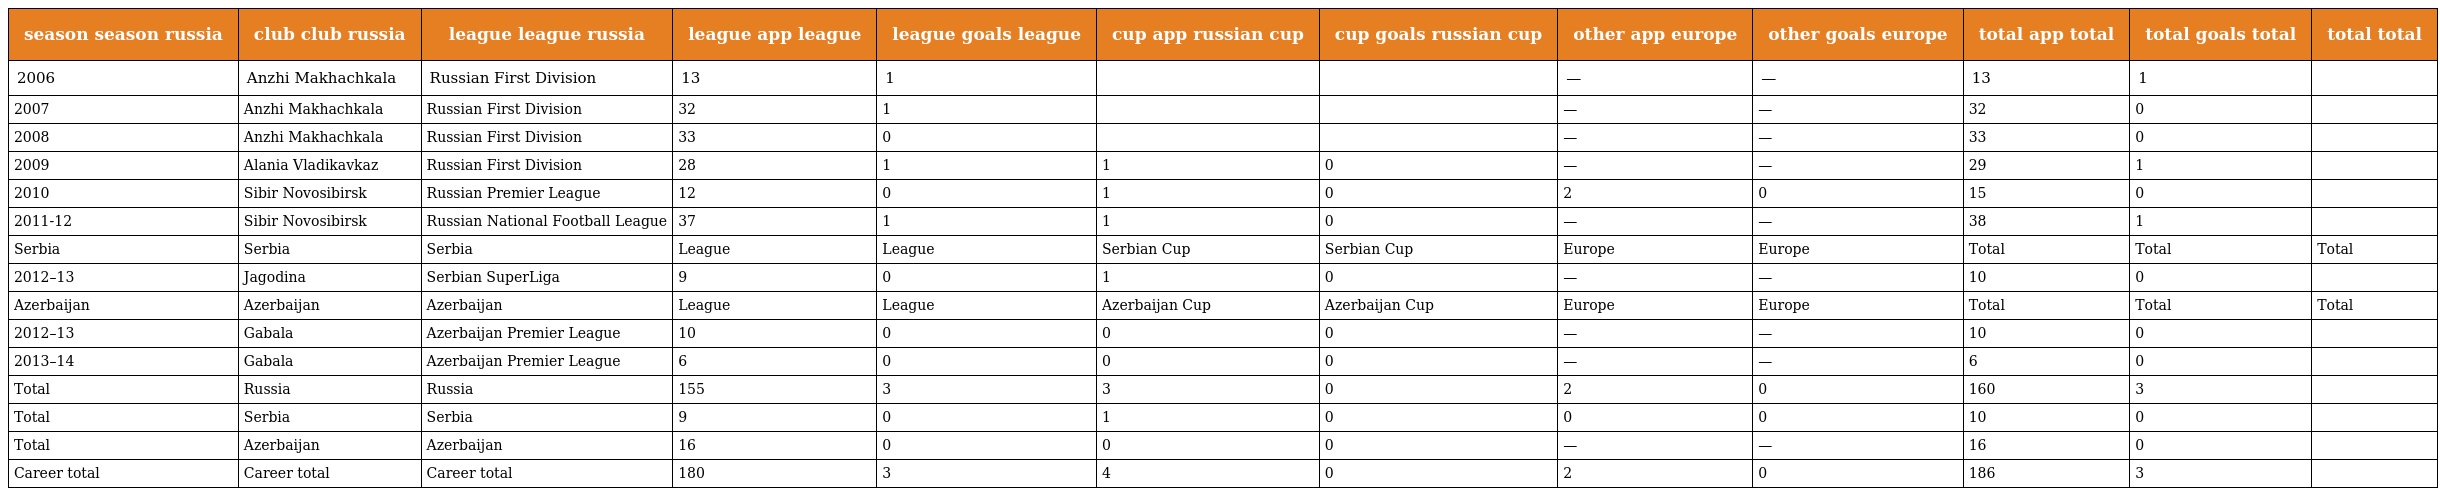
| season season russia | club club russia | league league russia | league app league | league goals league | cup app russian cup | cup goals russian cup | other app europe | other goals europe | total app total | total goals total | total  total |
 | --- | --- | --- | --- | --- | --- | --- | --- | --- | --- | --- | --- |
 | 2006 | Anzhi Makhachkala | Russian First Division | 13 | 1 |  |  | — | — | 13 | 1 |  |
 | 2007 | Anzhi Makhachkala | Russian First Division | 32 | 1 |  |  | — | — | 32 | 0 |  |
 | 2008 | Anzhi Makhachkala | Russian First Division | 33 | 0 |  |  | — | — | 33 | 0 |  |
 | 2009 | Alania Vladikavkaz | Russian First Division | 28 | 1 | 1 | 0 | — | — | 29 | 1 |  |
 | 2010 | Sibir Novosibirsk | Russian Premier League | 12 | 0 | 1 | 0 | 2 | 0 | 15 | 0 |  |
 | 2011-12 | Sibir Novosibirsk | Russian National Football League | 37 | 1 | 1 | 0 | — | — | 38 | 1 |  |
 | Serbia | Serbia | Serbia | League | League | Serbian Cup | Serbian Cup | Europe | Europe | Total | Total | Total |
 | 2012–13 | Jagodina | Serbian SuperLiga | 9 | 0 | 1 | 0 | — | — | 10 | 0 |  |
 | Azerbaijan | Azerbaijan | Azerbaijan | League | League | Azerbaijan Cup | Azerbaijan Cup | Europe | Europe | Total | Total | Total |
 | 2012–13 | Gabala | Azerbaijan Premier League | 10 | 0 | 0 | 0 | — | — | 10 | 0 |  |
 | 2013–14 | Gabala | Azerbaijan Premier League | 6 | 0 | 0 | 0 | — | — | 6 | 0 |  |
 | Total | Russia | Russia | 155 | 3 | 3 | 0 | 2 | 0 | 160 | 3 |  |
 | Total | Serbia | Serbia | 9 | 0 | 1 | 0 | 0 | 0 | 10 | 0 |  |
 | Total | Azerbaijan | Azerbaijan | 16 | 0 | 0 | 0 | — | — | 16 | 0 |  |
 | Career total | Career total | Career total | 180 | 3 | 4 | 0 | 2 | 0 | 186 | 3 |  |